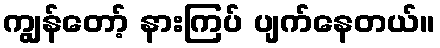
ကျွန်တော့် နားကြပ် ပျက်နေတယ်။